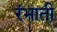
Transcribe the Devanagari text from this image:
रंभाती